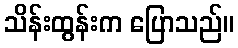
သိန်းထွန်းက ပြောသည်။